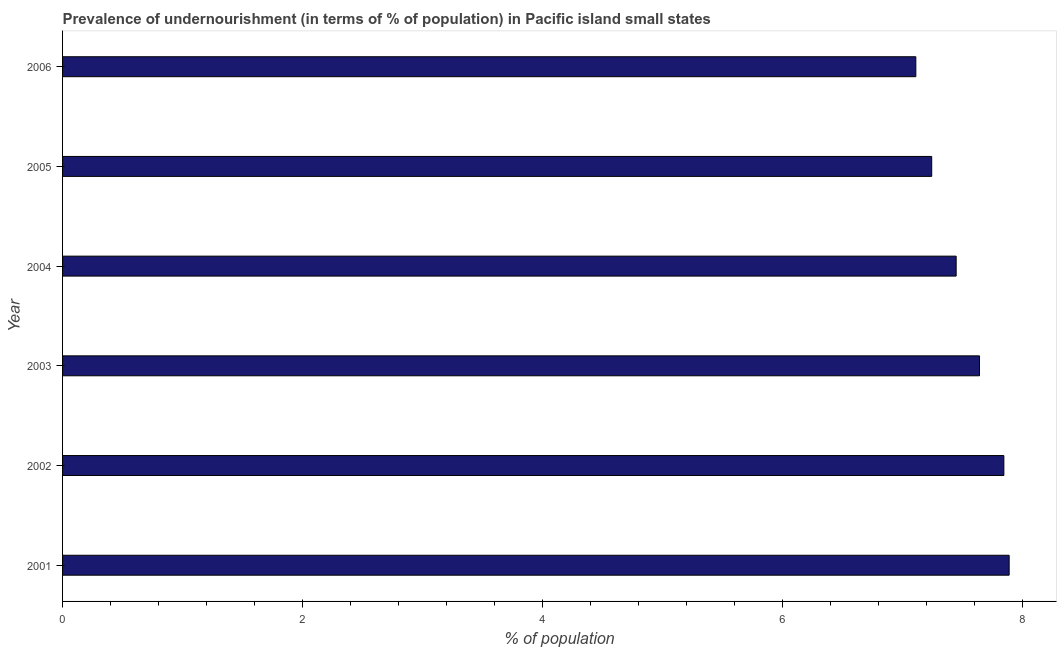
| Year | Prevalence of undernourishment |
 | --- | --- |
 | 2001 | 7.89 |
 | 2002 | 7.84 |
 | 2003 | 7.64 |
 | 2004 | 7.45 |
 | 2005 | 7.24 |
 | 2006 | 7.11 |